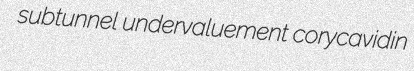
subtunnel undervaluement corycavidin